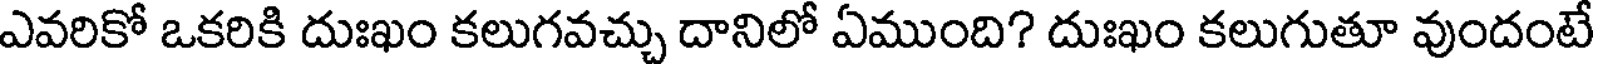
ఎవరికో ఒకరికి దుఃఖం కలుగవచ్చు దానిలో ఏముంది? దుఃఖం కలుగుతూ వుందంటే